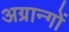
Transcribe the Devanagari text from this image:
अग्रान्गों